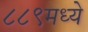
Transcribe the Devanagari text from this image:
८८९मध्ये